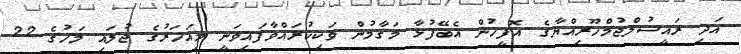
އަދި ރައީސުލްޖުމްހޫރިއްޔާގެ އޮފީހުން އެބޭފުޅާ މަޤާމުން ވަކިކުރައްވާފައިވަނީ މިއަހަރުގެ ޖުލައި މަހުގެ 22